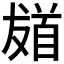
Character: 𩠙